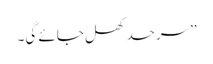
’’سرحد کھل جائے گی۔